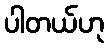
ပါတယ်ဟု